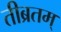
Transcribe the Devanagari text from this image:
तीब्रतम्